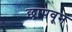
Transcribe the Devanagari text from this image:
छापवून